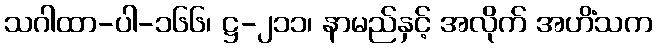
သဂါထာ-ပါ-၁၆၆၊ ဋ္ဌ-၂၁၁၊ နာမည်နှင့် အလိုက် အဟိံသက